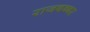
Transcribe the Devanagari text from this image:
राजबब्बर